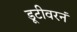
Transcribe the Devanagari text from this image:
डूटीवरनं